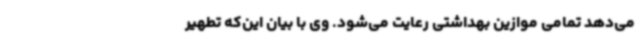
می‌دهد تمامی موازین بهداشتی رعایت می‌شود. وی با بیان این‌که تطهیر